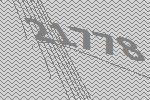
21778